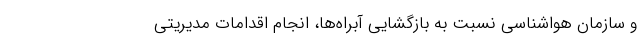
و سازمان هواشناسی نسبت به بازگشایی آبراه‌ها، انجام اقدامات مدیریتی